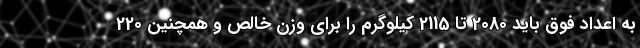
به اعداد فوق باید 2080 تا 2115 کیلوگرم را برای وزن خالص و همچنین 220